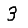
Digit: 3